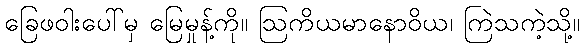
ခြေဖဝါးပေါ်မှ မြေမှုန့်ကို။ ဩကိယမာနောဝိယ၊ ကြဲသကဲ့သို့။